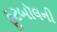
ફૂટબૉલની